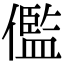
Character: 儖